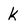
Character: k